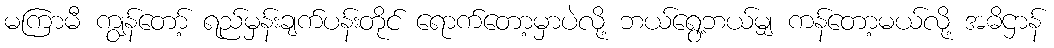
မကြာမီ ကျွန်တော့် ရည်မှန်းချက်ပန်းတိုင် ရောက်တော့မှာပဲလို့ ဘယ်ရွေ့ဘယ်မျှ ကန်တော့မယ်လို့ အဓိဌာန်